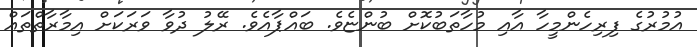
އުމުރުގެ ފިރިހެންމީހާ އާއި މުހާތަބުކޮށް ބުންޏެވެ. ބައްޕާއެވެ. ރޭލު ދުވާ ވަރަކަށް އިމާރާތްތައް